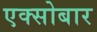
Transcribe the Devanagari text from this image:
एक्सोबार